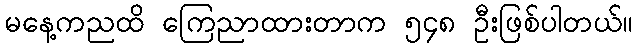
မနေ့ကညထိ ကြေညာထားတာက ၅၄၈ ဦးဖြစ်ပါတယ်။